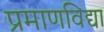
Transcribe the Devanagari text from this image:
प्रमाणविद्या